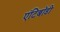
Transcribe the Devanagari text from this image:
एंटिबॉडी